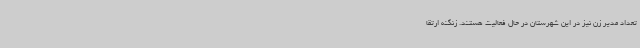
تعداد مدیر زن نیز در این شهرستان در حال فعالیت هستند. زنگنه ارتقا